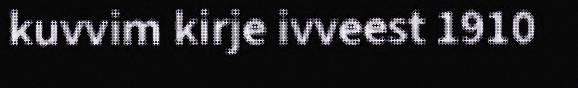
kuvvim kirje ivveest 1910